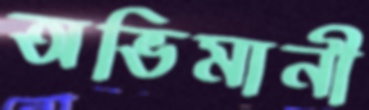
অভিমানী